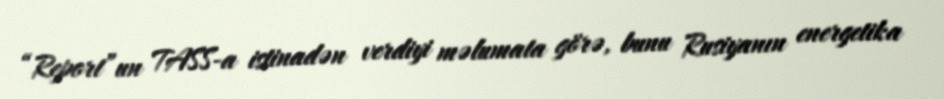
“Report”un TASS-a istinadən verdiyi məlumata görə, bunu Rusiyanın energetika